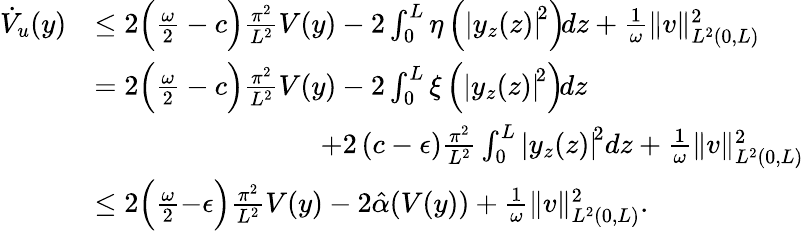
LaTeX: \begin{array}{rl}{\dot{V}_{u}(y)}&{\leq 2\Big(\frac{\omega}{2}-c\Big)\frac{\pi^{2}}{L^{2}}V(y)-2\int_{0}^{L}\eta\left(\left|y_{z}(z)\right|^{\! 2}\right)\! dz+\frac{1}{\omega}\| v\| _{L^{2}(0,L)}^{2}}\\ &{=2\Big(\frac{\omega}{2}-c\Big)\frac{\pi^{2}}{L^{2}}V(y)-2\int_{0}^{L}\xi\left(\left|y_{z}(z)\right|^{\! 2}\right)\! dz}\\ &{\qquad\qquad\qquad\qquad+2\left(c-\epsilon\right)\frac{\pi^{2}}{L^{2}}\int_{0}^{L}\left|y_{z}(z)\right|^{\! 2}dz+\frac{1}{\omega}\| v\| _{L^{2}(0,L)}^{2}}\\ &{\leq 2\Big(\frac{\omega}{2}{-}\epsilon\Big)\frac{\pi^{2}}{L^{2}}V(y)-2\hat{\alpha}(V(y))+\frac{1}{\omega}\| v\| _{L^{2}(0,L)}^{2}.}\end{array}